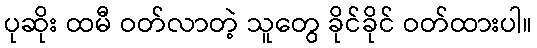
ပုဆိုး ထမီ ဝတ်လာတဲ့ သူတွေ ခိုင်ခိုင် ဝတ်ထားပါ။